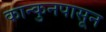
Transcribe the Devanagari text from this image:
कान्कुनपासून